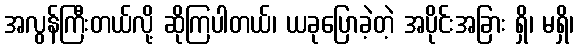
အလွန်ကြီးတယ်လို့ ဆိုကြပါတယ်၊ ယခုပြောခဲ့တဲ့ အပိုင်းအခြား ရှိ၊ မရှိ၊